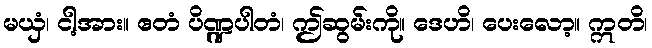
မယှံ၊ ငါ့အား။ ဧတံ ပိဏ္ဍပါတံ၊ ဤဆွမ်းကို။ ဒေဟိ၊ ပေးလော့။ ဣတိ၊